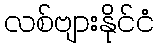
လစ်ဗျားနိုင်ငံ